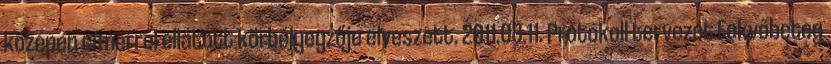
középen címerrel ellátott körbélyegzője elveszett. 2011.08.11. Protokoll tervezet Fekvőbeteg